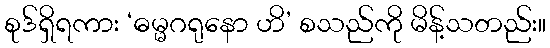
စုဒ်ရှိရကား ‘ဓမ္မဂရုနော ဟိ’ စသည်ကို မိန့်သတည်း။